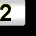
Digit: 2